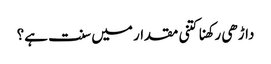
داڑھی رکھنا کتنی مقدار میں سنت ہے؟